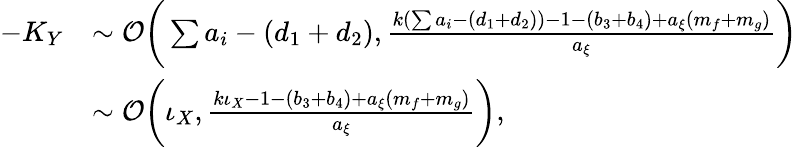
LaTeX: \begin{array}{rl}{-K_{Y}}&{\sim\mathcal O\bigg(\sum{a_{i}}-(d_{1}+d_{2}),\frac{k(\sum{a_{i}}-(d_{1}+d_{2}))-1-(b_{3}+b_{4})+a_{\xi}(m_{f}+m_{g})}{a_{\xi}}\bigg)}\\ &{\sim\mathcal O\bigg(\iota_{X},\frac{k\iota_{X}-1-(b_{3}+b_{4})+a_{\xi}(m_{f}+m_{g})}{a_{\xi}}\bigg),}\end{array}